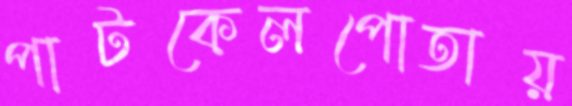
পাটকেলপোতায়